Lunatic asylums Central Provinces reports 1874-1885 - 1874-1885
Year: 1874
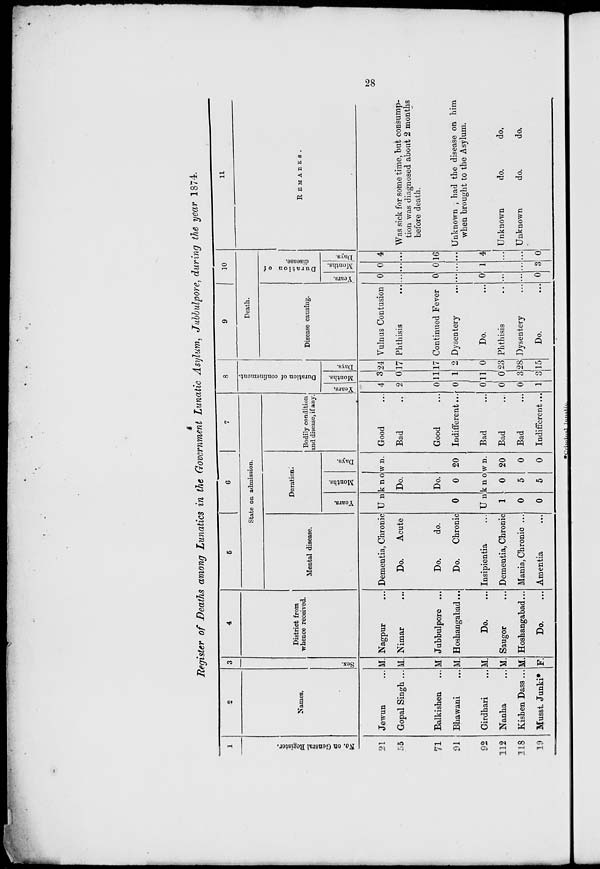
28
Register of Deaths among Lunatics in the Government Lunatic Asylum, Jubbulpore, during the year 1874.
1
No. on General Register.
21
55
71
91
92
112
118
19
2
Names.
Jewun ...
Gopal Singh ...
Balkishen ...
Bhawani ...
Girdhari ...
Nanha ...
Kishen Dass ...
Musst. Junki*
3
Sex.
M.
M.
M.
M.
M.
M.
M.
F.
4
District from
whence received.
Nagpur ...
Nimar ...
Jubbulpore ...
Hoshangabad ...
Do. ...
Saugor ...
Hoshangabad...
Do. ...
5
6
7
State on admission.
Mental disease.
Dementia, Chronic
Do.
Acute
Do.
do.
Do.
Chronic
Insipientia ...
Dementia, Chronic
Mania,Chronic ...
Amentia
Duration.
Years.
Months.
Days.
Unknown.
0
Do.
Do.
0 20
Unknown.
1
0
0
0
5
5
20
0
0
Bodily condition
and disease, if any.
Good ...
Bad ...
Good ...
Indifferent ...
Bad ...
Bad ...
Bad ...
Indifferent ...
8
Duration of confinement.
Years.
4
2
0
0
0
0
0
1
Months.
3
0
11
1
11
0
3
3
Days.
24
17
17
2
0
23
28
15
9
10
Death.
Disease causing.
Vulnus Contusion
...
Continued Fever
Dysentery ...
Do. ...
Phthisis ...
Dysentery ...
Do.
...
Duration of
disease.
Years.
0
...
0
...
0
...
...
0
Months.
0
...
0
...
1
...
...
3
Days.
4
...
16
...
4
...
...
0
11
REMARKS.
Was sick for some time, but consump-
tion was diagnosed about 2 months
before death.
Unknown ; had the disease on him
when brought to the Asylum.
Unknown
do.
do.
Unknown
do.
do.